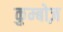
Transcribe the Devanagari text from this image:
कुम्बोज़